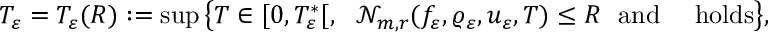
\begin{array} { r } { T _ { \varepsilon } = T _ { \varepsilon } ( R ) : = \operatorname* { s u p } \big \lbrace T \in [ 0 , T _ { \varepsilon } ^ { \ast } [ , \ \ \mathcal { N } _ { m , r } ( f _ { \varepsilon } , \varrho _ { \varepsilon } , u _ { \varepsilon } , T ) \leq R \ \ \mathrm { a n d } \ \ \ \ \mathrm { h o l d s } \big \rbrace , } \end{array}